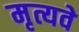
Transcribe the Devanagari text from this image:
मृत्यवे